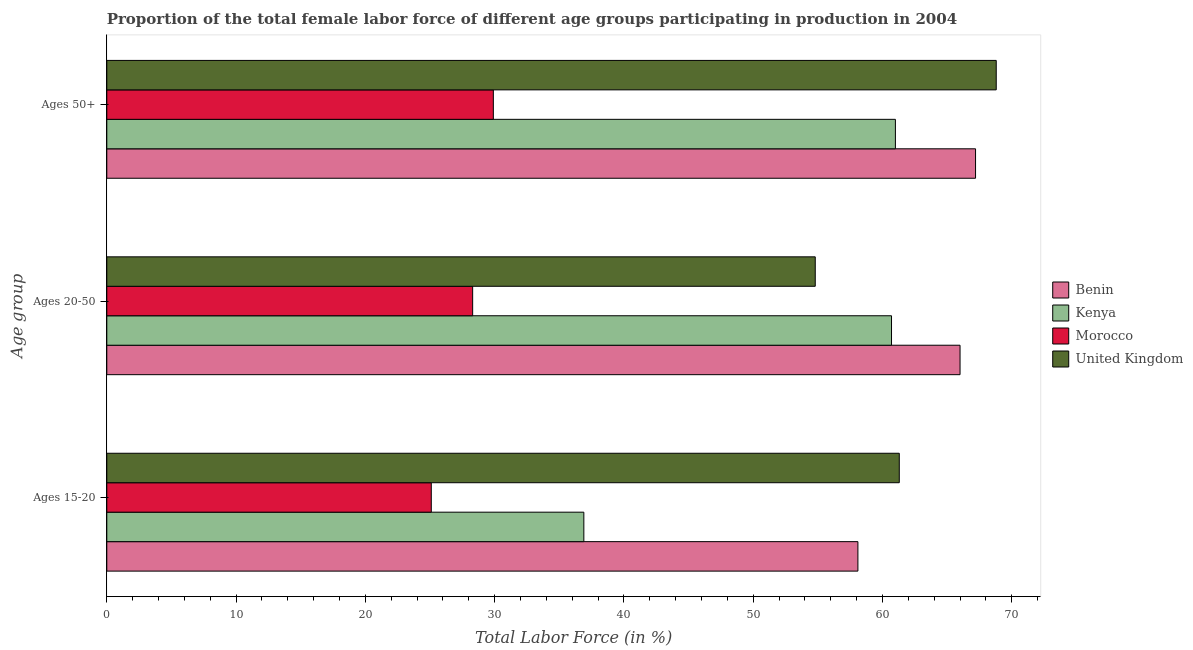
| Age group | Benin | Kenya | Morocco | United Kingdom |
 | --- | --- | --- | --- | --- |
 | Ages 15-20 | 58.1 | 36.9 | 25.1 | 61.3 |
 | Ages 20-50 | 66 | 60.7 | 28.3 | 54.8 |
 | Ages 50+ | 67.2 | 61 | 29.9 | 68.8 |